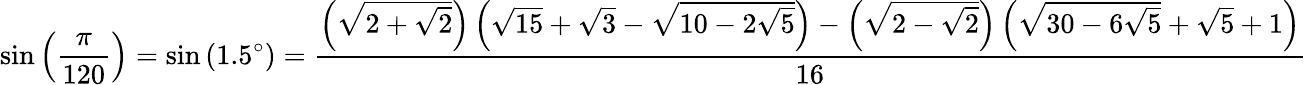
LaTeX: \sin\left({\frac{\pi}{120}}\right)=\sin\left(1.5^{\circ}\right)={\frac{\left({\sqrt{2+{\sqrt{2}}}}\right)\left({\sqrt{15}}+{\sqrt{3}}-{\sqrt{10-2{\sqrt{5}}}}\right)-\left({\sqrt{2-{\sqrt{2}}}}\right)\left({\sqrt{30-6{\sqrt{5}}}}+{\sqrt{5}}+1\right)}{16}}